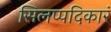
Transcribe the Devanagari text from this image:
सिलप्पदिकारं